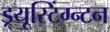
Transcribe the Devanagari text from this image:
ड्र्यूस्टिंग्न्टन